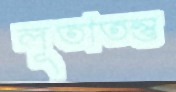
লূতাতন্তু